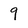
Character: 9